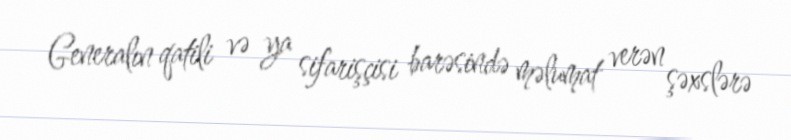
Generalın qatili və ya sifarişçisi barəsində məlumat verən şəxslərə